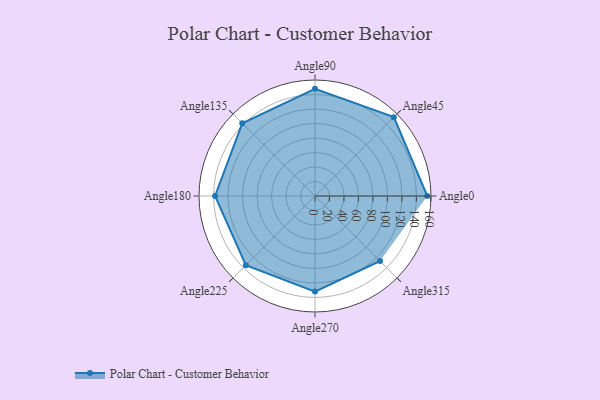
{"axis": {"x": "Angle", "y": "Radius"}, "legend": [""], "data": [{"x": "Angle0", "y": 155.0, "type": ""}, {"x": "Angle45", "y": 154.0, "type": ""}, {"x": "Angle90", "y": 148.0, "type": ""}, {"x": "Angle135", "y": 142.0, "type": ""}, {"x": "Angle180", "y": 138.0, "type": ""}, {"x": "Angle225", "y": 135.0, "type": ""}, {"x": "Angle270", "y": 132.0, "type": ""}, {"x": "Angle315", "y": 127.0, "type": ""}]}